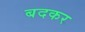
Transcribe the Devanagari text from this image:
बदकर